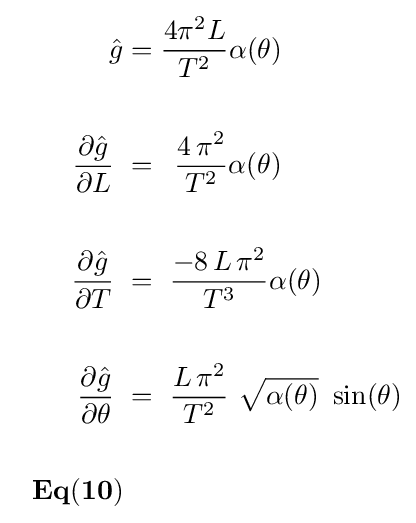
{\begin{aligned}{\hat {g}}&={{4\pi ^{2}L} \over {T^{2}}}\alpha (\theta )\\\\{{\partial {\hat {g}}} \over {\partial L}}\,\,&=\,\,\,{{4\,\pi ^{2}} \over {T^{2}}}\alpha (\theta )\\\\{{\partial {\hat {g}}} \over {\partial T}}\,\,&=\,\,{{-8\,L\,\pi ^{2}} \over {T^{3}}}\alpha (\theta )\\\\{{\partial {\hat {g}}} \over {\partial \theta }}\,\,&=\,\,{{L\,\pi ^{2}} \over {T^{2}}}\,\,{\sqrt {\alpha (\theta )}}\,\,\sin(\theta )\\\\{\mathbf {\,\,\,\,Eq(10)} }\end{aligned}}